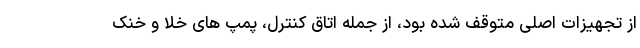
از تجهیزات اصلی متوقف شده بود، از جمله اتاق کنترل، پمپ های خلا و خنک